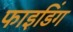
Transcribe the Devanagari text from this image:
फाइडिंग